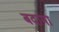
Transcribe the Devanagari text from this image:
बदामा